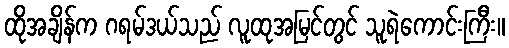
ထိုအချိန်က ဂရမ်ဒယ်သည် လူထုအမြင်တွင် သူရဲကောင်းကြီး။